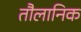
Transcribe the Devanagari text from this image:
तौलानिक